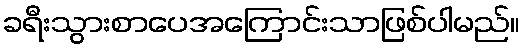
ခရီးသွားစာပေအကြောင်းသာဖြစ်ပါမည်။